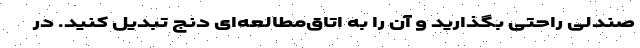
صندلی راحتی بگذارید و آن را به اتاق‌مطالعه‌ای دنج تبدیل کنید. در